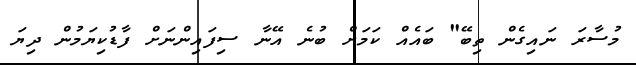
މުސާރަ ނައިގެން ތިބޭ" ބައެއް ކަމަށް ބުނެ އޭނާ ސިފައިންނަށް ފާޑުކިޔަމުން ދިޔަ